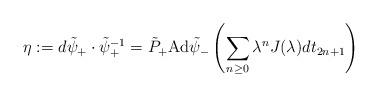
LaTeX: \begin{align*}\eta:=d\tilde\psi_+\cdot\tilde\psi_+^{-1}=\tilde P_+\mbox{Ad}\tilde\psi_-\left(\sum_{n\geq0}\lambda^nJ(\lambda)dt_{2n+1}\right)\end{align*}